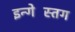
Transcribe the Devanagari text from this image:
इन्गेस्तिंग